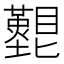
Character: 𥌵